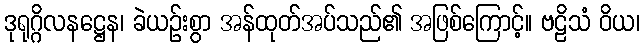
ဒုရုဂ္ဂိလနဋ္ဌေန၊ ခဲယဉ်းစွာ အန်ထုတ်အပ်သည်၏ အဖြစ်ကြောင့်။ ဗဠိသံ ဝိယ၊